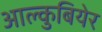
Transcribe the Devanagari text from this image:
आल्कुबियेर